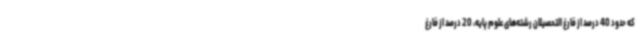
که حدود 40 درصد از فارغ التحصیلان رشته‌های علوم پایه، 20 درصد از فارغ